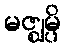
မဇ္ဈမ္ပိ